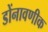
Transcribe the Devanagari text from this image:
डोंनावणीक